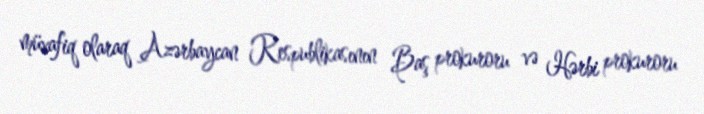
müvafiq olaraq Azərbaycan Respublikasının Baş prokuroru və Hərbi prokuroru